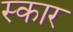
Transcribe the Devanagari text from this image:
स्‍कार